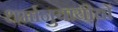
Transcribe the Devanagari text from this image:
धर्मानुयायीयों